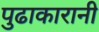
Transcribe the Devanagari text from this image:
पुढाकारानी